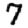
Digit: 7